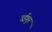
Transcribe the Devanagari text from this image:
उईगुर